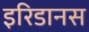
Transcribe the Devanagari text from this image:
इरिडानस